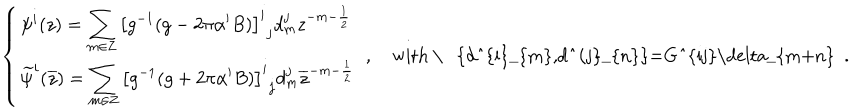
\left\{ \begin{array} { l } { { \displaystyle \psi ^ { i } ( z ) = \sum _ { m \in { \bf Z } } { \left[ g ^ { - 1 } ( g - 2 \pi \alpha ^ { \prime } B ) \right] ^ { i } } _ { j } d _ { m } ^ { j } z ^ { - m - \frac { 1 } { 2 } } } } \\ { { \displaystyle \widetilde { \psi } ^ { i } ( \overline { { { z } } } ) = \sum _ { m \in { \bf Z } } { \left[ g ^ { - 1 } ( g + 2 \pi \alpha ^ { \prime } B ) \right] ^ { i } } _ { j } d _ { m } ^ { j } \overline { { { z } } } ^ { - m - \frac { 1 } { 2 } } } } \\ \end{array} \right. ~ , \quad \mathrm { w i t h ~ \ ~ \{ d _ { m } ^ { i } , d _ { n } ^ { j } \} = G ^ { i j } \ d e l t a _ { m + n } ~ } ~ .